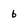
Character: 6